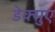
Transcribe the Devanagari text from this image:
डेक्सुए